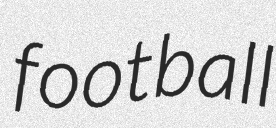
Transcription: football